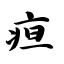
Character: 疸